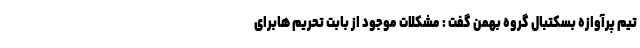
تیم پرآوازه بسکتبال گروه بهمن گفت : مشکلات موجود از بابت تحریم هابرای